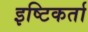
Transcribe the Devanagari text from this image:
इष्टिकर्ता